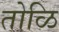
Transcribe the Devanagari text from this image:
तोळि